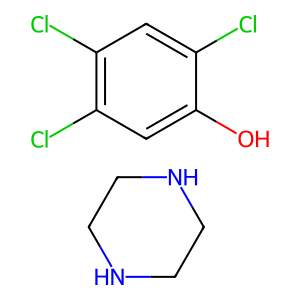
SMILES: C1CNCCN1.Oc1cc(Cl)c(Cl)cc1Cl
Inhibits HIV replication: No